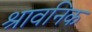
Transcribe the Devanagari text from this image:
श्रावनिक